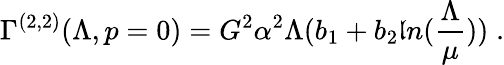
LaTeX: \Gamma^{(2,2)}(\Lambda,p=0)=G^{2}\alpha^{2}\Lambda(b_{1}+b_{2}\mathfrak{l}n(\frac{{\Lambda}}{{\mu}}))\; .